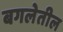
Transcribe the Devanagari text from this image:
बगलेतील